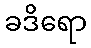
ခဒိရော